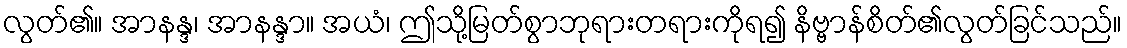
လွတ်၏။ အာနန္ဒ၊ အာနန္ဒာ။ အယံ၊ ဤသို့မြတ်စွာဘုရားတရားကိုရ၍ နိဗ္ဗာန်စိတ်၏လွတ်ခြင်သည်။